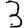
Digit: 3